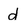
Character: d